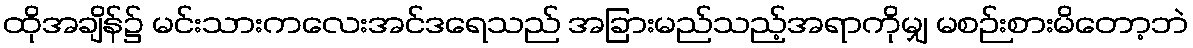
ထိုအချိန်၌ မင်းသားကလေးအင်ဒရေသည် အခြားမည်သည့်အရာကိုမျှ မစဉ်းစားမိတော့ဘဲ